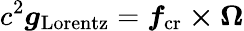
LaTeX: c^{2}\boldsymbol{g}_{\mathrm{Lorentz}}=\boldsymbol{f}_{\mathrm{cr}}\boldsymbol{\times}\boldsymbol{\Omega}